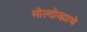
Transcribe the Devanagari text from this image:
मोल्दोव्ह्याचे